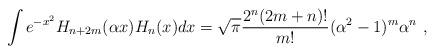
LaTeX: \begin{align*}\int e^{-x^2} H_{n+2m}(\alpha x) H_n(x) dx= \sqrt{\pi} {2^n(2m+n)! \over m!}(\alpha^2-1)^m \alpha^n\ ,\end{align*}